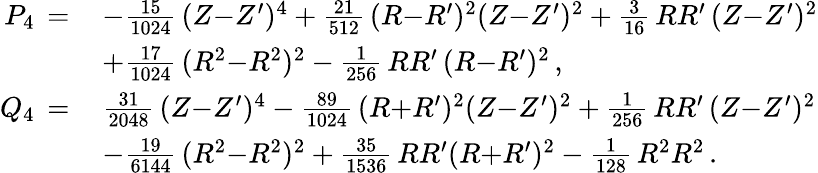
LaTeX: \begin{array}{rl}{P_{4}\, =\, }&{-\frac{15}{1024}\, (Z{-}Z^{\prime})^{4}+\frac{21}{512}\, (R{-}R^{\prime})^{2}(Z{-}Z^{\prime})^{2}+\frac{3}{16}\, RR^{\prime}\, (Z{-}Z^{\prime})^{2}}\\ &{+\frac{17}{1024}\, (R^{2}{-}R^{2})^{2}-\frac{1}{256}\, RR^{\prime}\, (R{-}R^{\prime})^{2}\, ,}\\ {Q_{4}\, =\, }&{\frac{31}{2048}\, (Z{-}Z^{\prime})^{4}-\frac{89}{1024}\, (R{+}R^{\prime})^{2}(Z{-}Z^{\prime})^{2}+\frac{1}{256}\, RR^{\prime}\, (Z{-}Z^{\prime})^{2}}\\ &{-\frac{19}{6144}\, (R^{2}{-}R^{2})^{2}+\frac{35}{1536}\, RR^{\prime}(R{+}R^{\prime})^{2}-\frac{1}{128}\, R^{2}R^{2}\, .}\end{array}